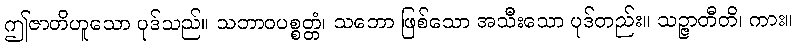
ဤဇာတိဟူသော ပုဒ်သည်။ သဘာဝပစ္စတ္တံ၊ သဘော ဖြစ်သော အသီးသော ပုဒ်တည်း။ သဉ္ဇာတီတိ၊ ကား။